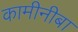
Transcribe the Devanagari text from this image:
कामीनीबा